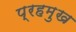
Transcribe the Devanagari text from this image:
प्रहमुख